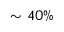
\sim 4 0 \%